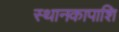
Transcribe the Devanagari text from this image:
स्थानकापाशि